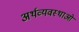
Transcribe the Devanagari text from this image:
अर्थव्यवस्थाओ